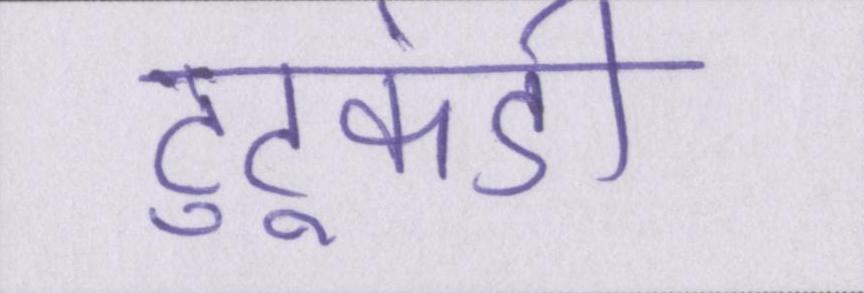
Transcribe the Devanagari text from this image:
टुटूकंडी